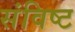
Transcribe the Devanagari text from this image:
संविष्ट